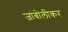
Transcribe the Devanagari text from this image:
जांबोलीकर